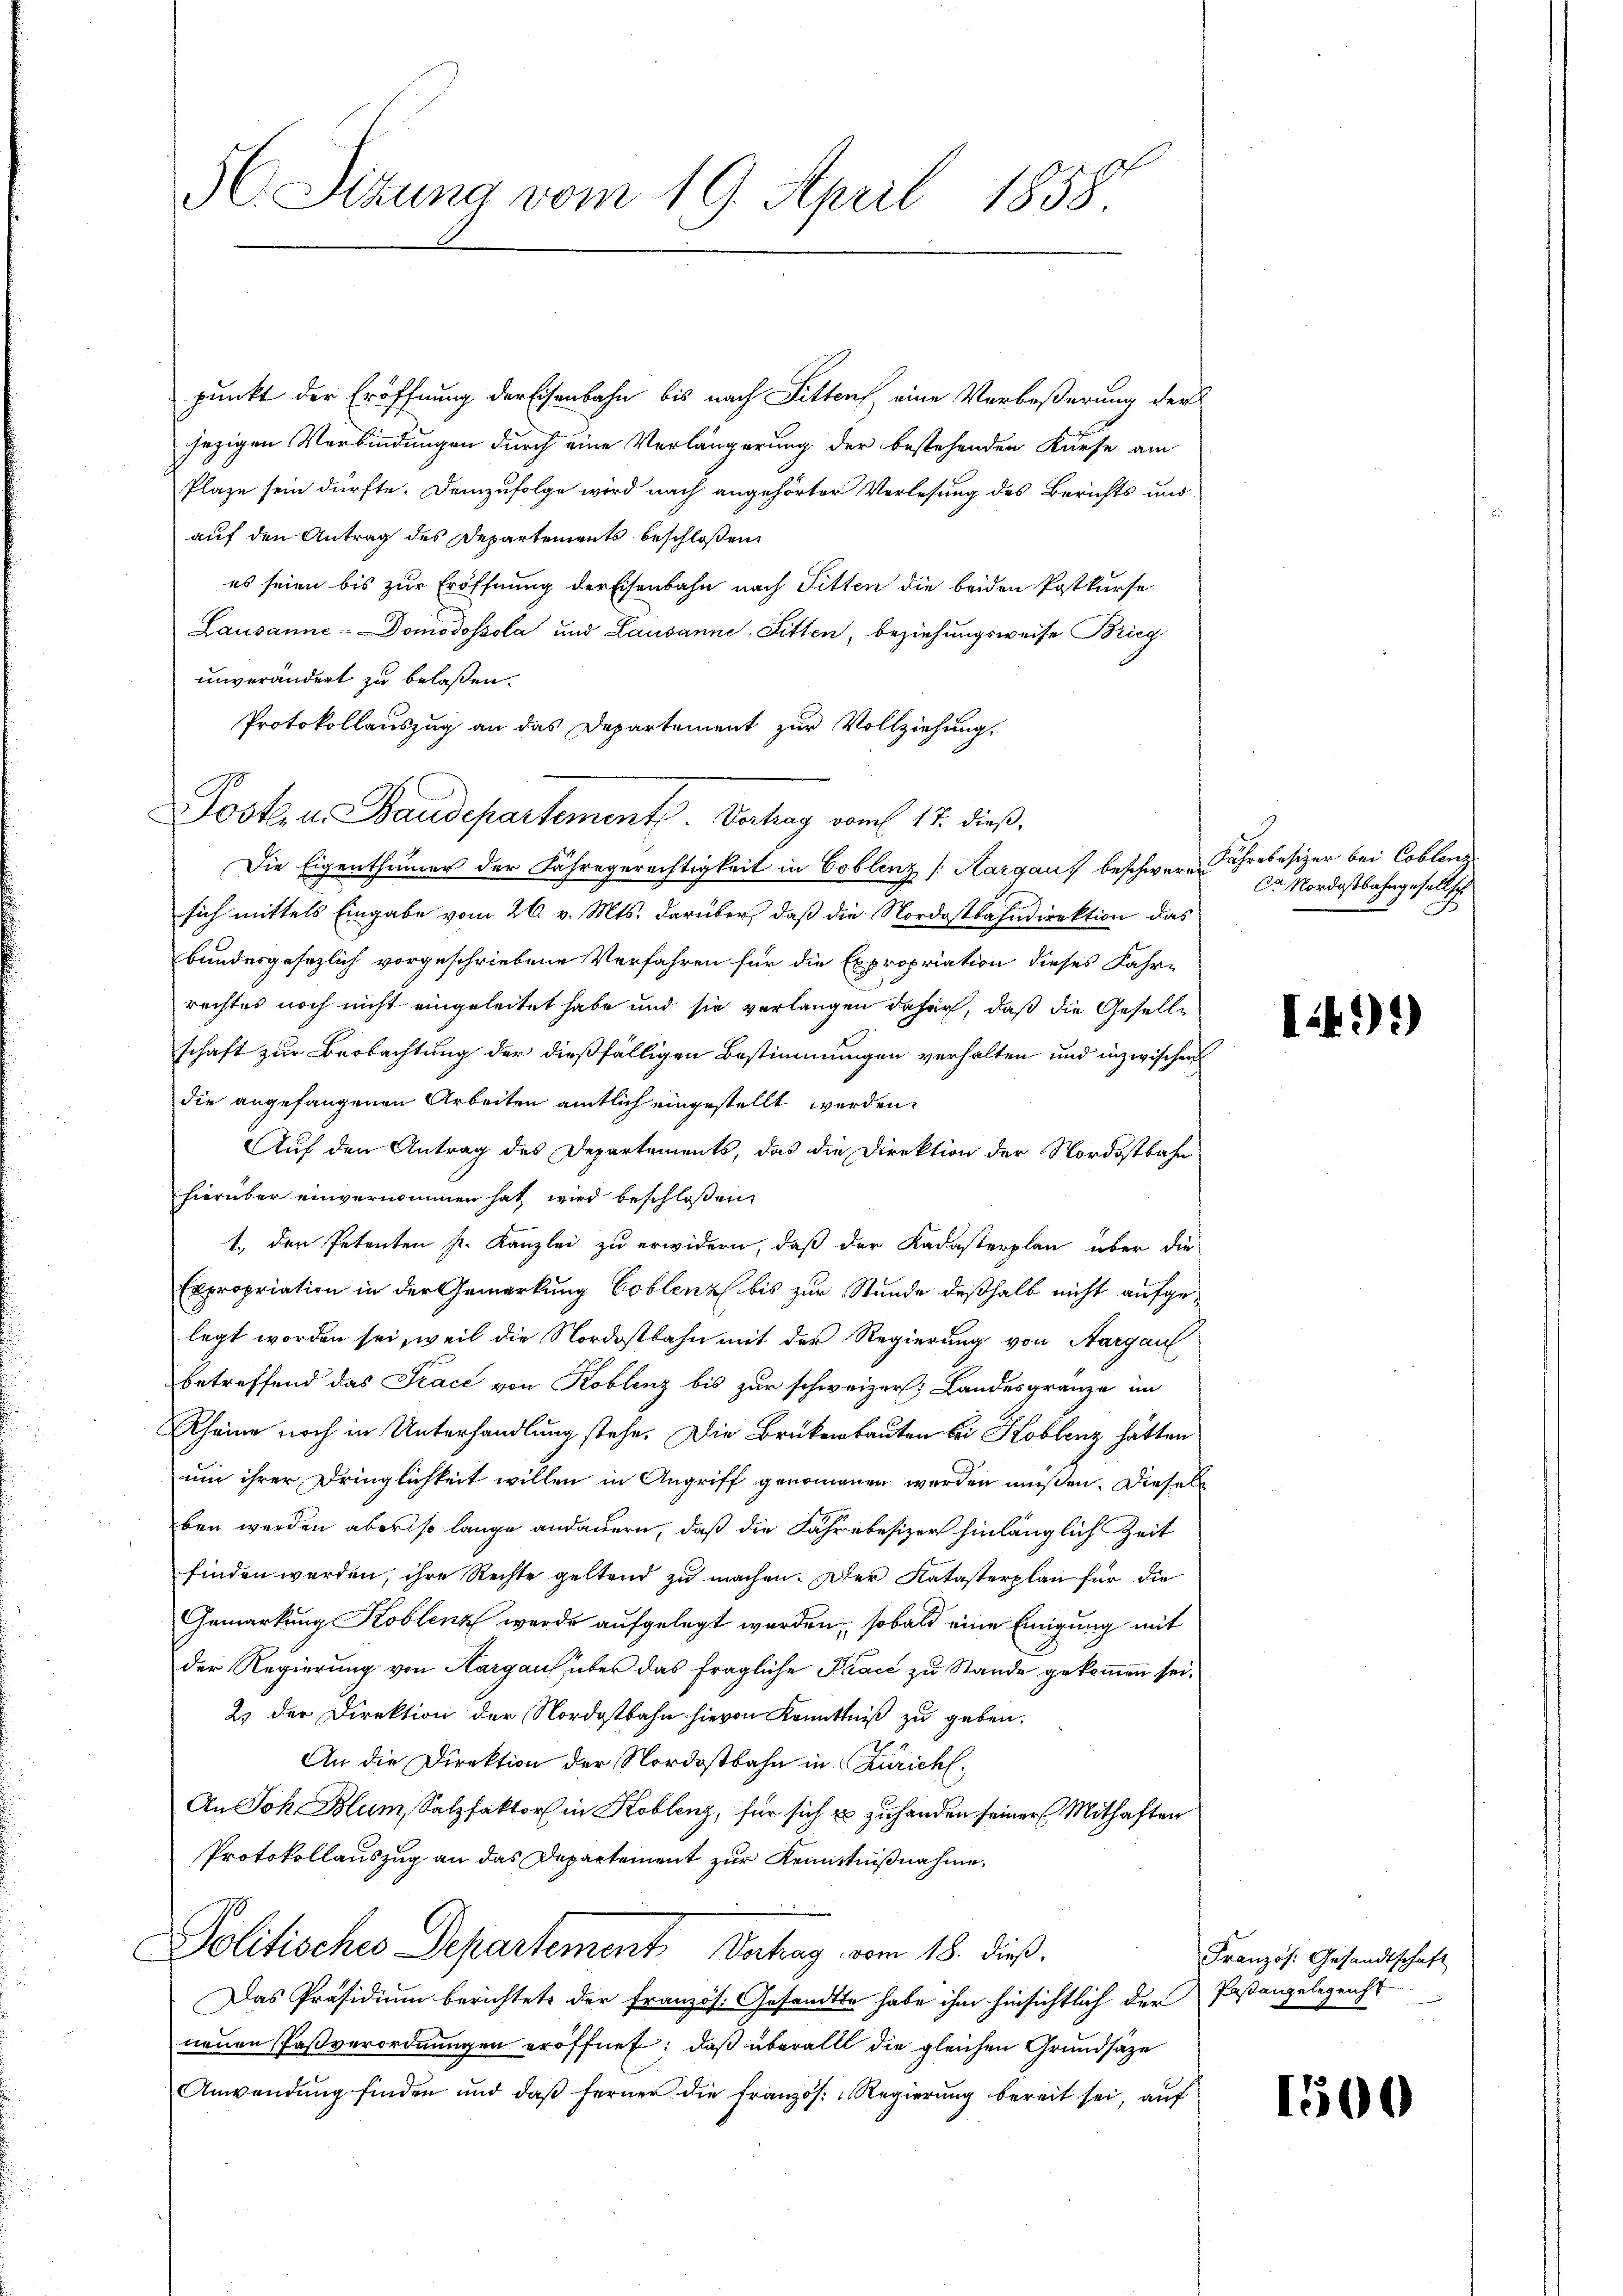
56. Sezung vom 19. April 1858.

punkt der Eröffnung der Eisenbahn bis nach Fitten, eine Verbeßerung der
jezigen Verbindungen durch eine Verlängerung der bestehenden Kurse am
Plaze sein dürfte. Demzufolge wird nach angehörter Verlesung des Berichts und
auf den Antrag des Departements beschloßen:
es seien bis zur Eröffnung der Eisenbahn nach Titten die beiden Postkurse
Lausanne-Domodossola und Lausanne-Fitten, beziehungsweise Brieg
unverändert zu belaßen.
Protokollauszug an das Departement zur Vollziehung,
Die Eigenthümer der Fähregerechtigkeit in Coblinz (Aargau, beschweren
sich mittels Eingabe vom 26. v. Mts. darüber, daß die Nordostbahndirektion das
bundesgesezlich vorgeschriebene Verfahren für die Expropriation dieses Fahr-
rechtes noch nicht eingeleitet habe und sie verlangen dafür, daß die Gesellschaft zur Beobachtung der dießfälligen Bestimmungen verhalten und inzwischen
die angefangenen Arbeiten amtlich eingestellt werden.
Auf den Antrag des Departements, das die Direktion der Nordostbahn
hierüber einvernommen hat, wird beschlossen,
1., den Petenten s. Kanzlei zu erwidern, daß der Kadasterplan über die
Expropriation in der Gemarkung Coblenz bis zur Stunde deßhalb nicht aufgelegt worden sei, weil die Nordostbahn mit der Regierung von Aargau
betreffend das Trace von Koblenz bis zur schweizer, Landesgränze im
Rheine noch in Unterhandlung stehe. Die Brükenbauten bei Koblenz hätten
um ihrer Dringlichkeit willen in Angriff genommen werden müßen. Diesel
ben werden aber so lange andauern, daß die Fahre besizer hinlänglich Zeit
finden werden, ihre Rechte geltend zu machen. Der Katasterplan für die
Gemarkung Koblenz werde aufgelegt werden, sobald eine Einigung mit
der Regierung von Aargaus über das fragliche Kracc zu Stande gekommen sei.
2) der Direktion der Nordostbahn hievon Kenntniß zu geben.
An die Direktion der Nordostbahn in Zürich.
An Joh. Blum, Salzfaktor in Koblenz, für sich zu zu handen seiner Mithaften
Protokollauszug an das Departement zur Kenntnißnahme.
Politisches Departement Datag vom 18. dieß.
Das Präsidium berichtete der französ. Gesandte habe ihm hinsichtlich der Pastangelegenht
neuen Paßverordnungen eröffnet; daß überall die gleichen Grundsätze
Anwendung finden und daß ferner die Französ. Regierung bereit sei, auf

Posten Baudepartement. Vertrag vom 17. dieß,

Fährebesizer bei Coblenz
Dr Nordostbahngesellsch

49)

Französ. Gesandtschaft

1500